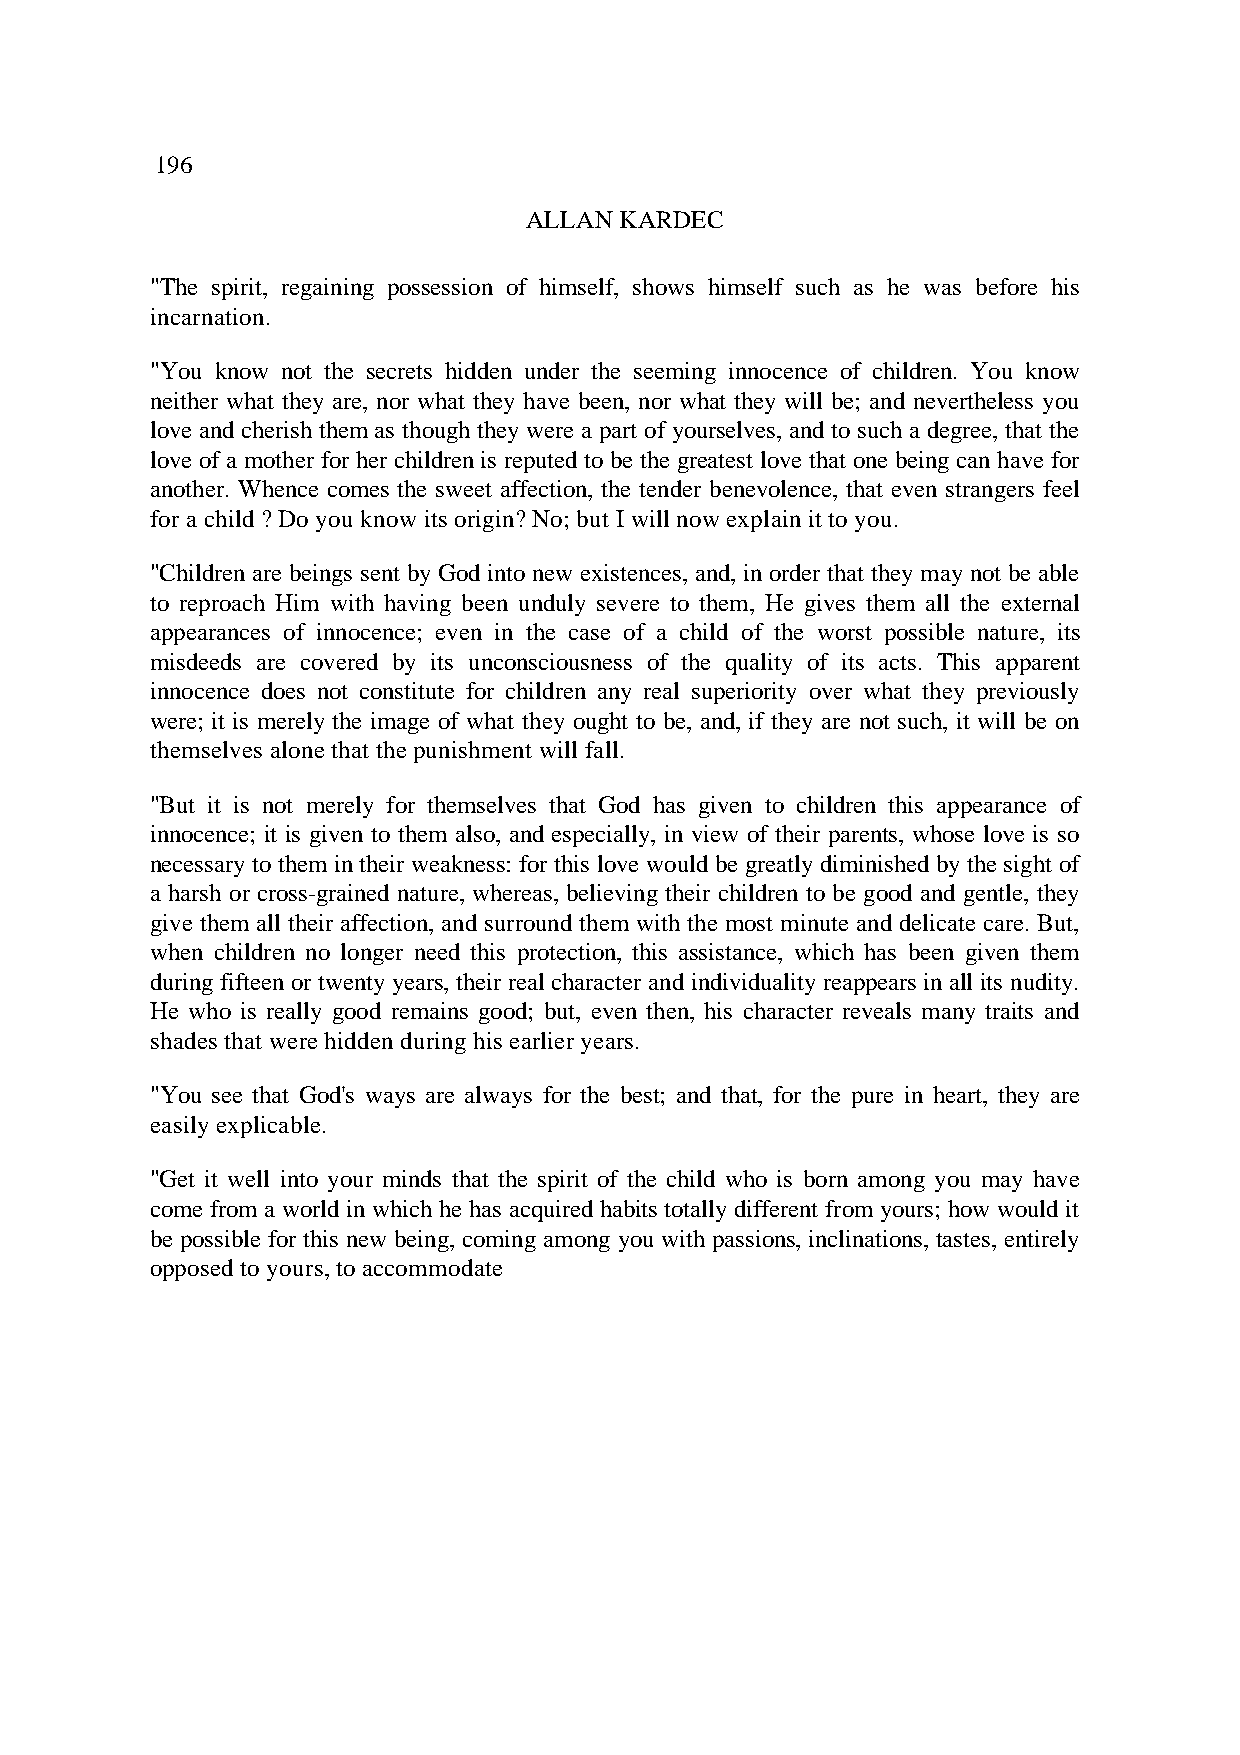
196
 ALLAN KARDEC
 "The spirit, regaining possession of himself, shows himself such as he was before his
 incarnation.
 "You know not the secrets hidden under the seeming innocence of children. You know
 neither what they are, nor what they have been, nor what they will be; and nevertheless you
 love and cherish them as though they were a part of yourselves, and to such a degree, that the
 love of a mother for her children is reputed to be the greatest love that one being can have for
 another. Whence comes the sweet affection, the tender benevolence, that even strangers feel
 for a child ? Do you know its origin? No; but I will now explain it to you.
 "Children are beings sent by God into new existences, and, in order that they may not be able
 to reproach Him with having been unduly severe to them, He gives them all the external
 appearances of innocence; even in the case of a child of the worst possible nature, its
 misdeeds are covered by its unconsciousness of the quality of its acts. This apparent
 innocence does not constitute for children any real superiority over what they previously
 were; it is merely the image of what they ought to be, and, if they are not such, it will be on
 themselves alone that the punishment will fall.
 "But it is not merely for themselves that God has given to children this appearance of
 innocence; it is given to them also, and especially, in view of their parents, whose love is so
 necessary to them in their weakness: for this love would be greatly diminished by the sight of
 a harsh or cross-grained nature, whereas, believing their children to be good and gentle, they
 give them all their affection, and surround them with the most minute and delicate care. But,
 when children no longer need this protection, this assistance, which has been given them
 during fifteen or twenty years, their real character and individuality reappears in all its nudity.
 He who is really good remains good; but, even then, his character reveals many traits and
 shades that were hidden during his earlier years.
 "You see that God's ways are always for the best; and that, for the pure in heart, they are
 easily explicable.
 "Get it well into your minds that the spirit of the child who is born among you may have
 come from a world in which he has acquired habits totally different from yours; how would it
 be possible for this new being, coming among you with passions, inclinations, tastes, entirely
 opposed to yours, to accommodate